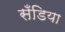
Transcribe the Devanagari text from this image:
सँडिया